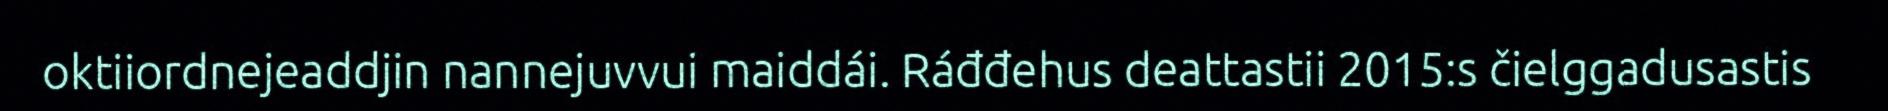
oktiiordnejeaddjin nannejuvvui maiddái. Ráđđehus deattastii 2015:s čielggadusastis